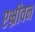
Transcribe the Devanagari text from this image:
एभ्रीवन